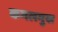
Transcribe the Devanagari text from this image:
कमलमुख